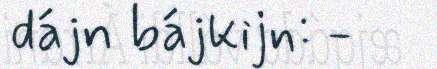
dájn bájkijn: -